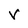
Character: V